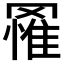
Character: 𮊔